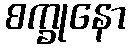
စက္ခုနော